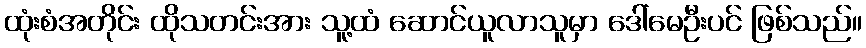
ထုံးစံအတိုင်း ထိုသတင်းအား သူ့ထံ ဆောင်ယူလာသူမှာ ဒေါ်မေဦးပင် ဖြစ်သည်။